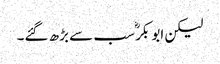
لیکن ابو بکرؓ سب سے بڑھ گئے۔